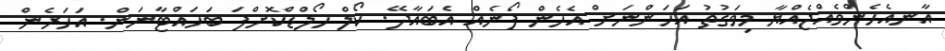
އާނއެހެންވެއްޖެއްޔާ މިވަގުތު އަހަންނަށް އެހެން ފޯނެއް އެބައާދޭ. ކޯލް ހޯލްޑްކޮށްފަ ބަހައްޓާނަން. އަހަރެން